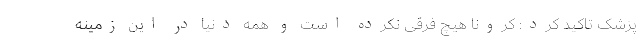
پزشک تاکید کرد: کرونا هیچ فرقی نکرده است و همه دنیا در این زمینه